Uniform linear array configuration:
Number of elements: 8
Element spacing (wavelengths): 0.25
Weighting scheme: uniform
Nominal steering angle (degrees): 15
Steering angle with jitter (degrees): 16.638
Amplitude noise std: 0.05
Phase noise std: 0.05

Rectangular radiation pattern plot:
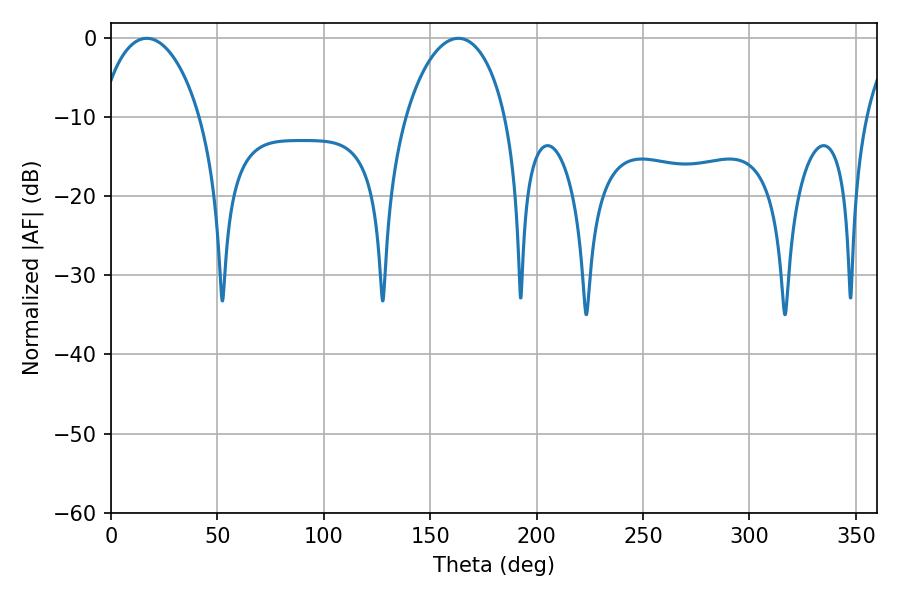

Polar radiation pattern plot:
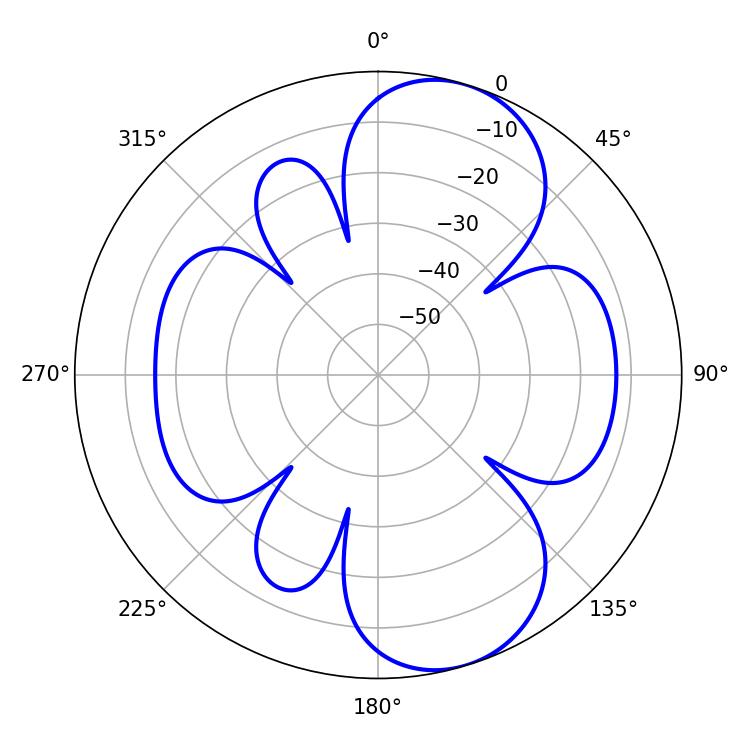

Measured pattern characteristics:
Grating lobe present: FALSE
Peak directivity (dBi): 8.353
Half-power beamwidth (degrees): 27
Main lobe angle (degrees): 16.74